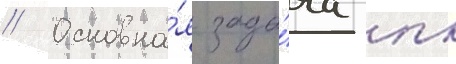
// Основна́я зада́ча пк